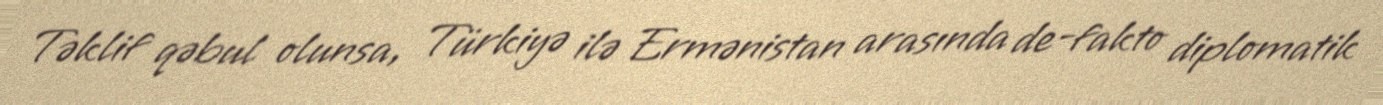
Təklif qəbul olunsa, Türkiyə ilə Ermənistan arasında de-fakto diplomatik